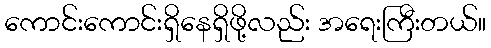
ကောင်းကောင်းရှိနေရှိဖို့လည်း အရေးကြီးတယ်။